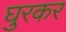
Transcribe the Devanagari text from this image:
घुरकर